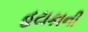
હટાકાની